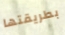
بطريقتها